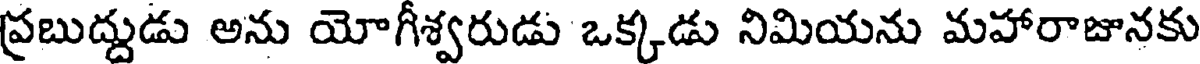
ప్రబుద్దుడు అను యోగీశ్వరుడు ఒక్కడు నిమియను మహారాజునకు